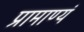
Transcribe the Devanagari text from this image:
प्रामाण्यं